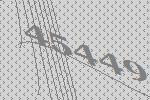
45449